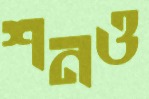
শনও